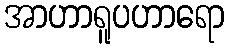
အာဟာရူပဟာရော